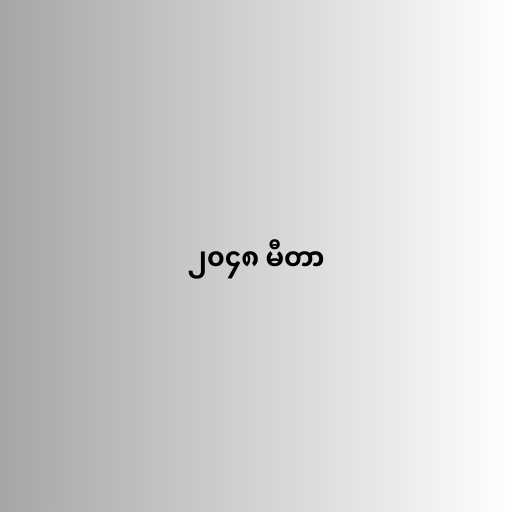
၂၀၄၈ မီတာ